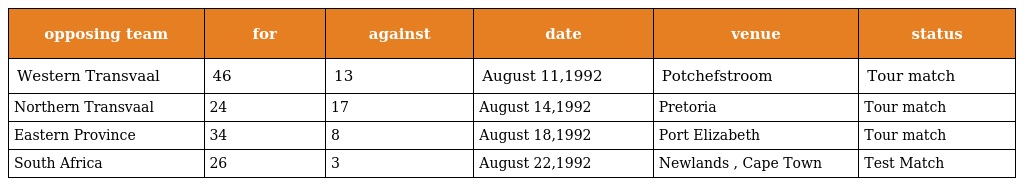
| opposing team | for | against | date | venue | status |
 | --- | --- | --- | --- | --- | --- |
 | Western Transvaal | 46 | 13 | August 11,1992 | Potchefstroom | Tour match |
 | Northern Transvaal | 24 | 17 | August 14,1992 | Pretoria | Tour match |
 | Eastern Province | 34 | 8 | August 18,1992 | Port Elizabeth | Tour match |
 | South Africa | 26 | 3 | August 22,1992 | Newlands , Cape Town | Test Match |